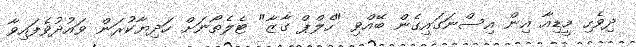
ދިވެހި މީޑިއާ އިން އިސްނަގައިގެން ބޭއްވި "ހެލްޕް ގާޒާ" ޓެލެތޯނަށް ހަދިޔާކުރަން ވައުދުވެފައިވާ